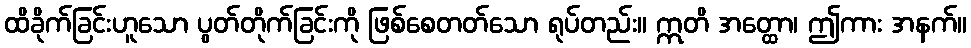
ထိခိုက်ခြင်းဟူသော ပွတ်တိုက်ခြင်းကို ဖြစ်စေတတ်သော ရုပ်တည်း။ ဣတိ အတ္ထော၊ ဤကား အနက်။